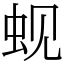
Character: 蚬